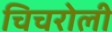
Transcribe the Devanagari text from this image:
चिचरोली